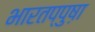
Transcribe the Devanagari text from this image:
भारतप्पुष़ा